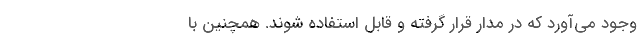
وجود می‌آورد که در مدار قرار گرفته و قابل استفاده شوند. همچنین با